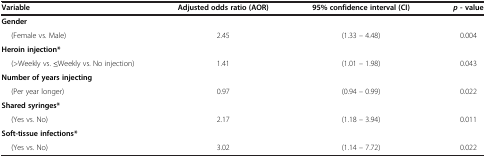
| Variable | Adjusted odds ratio (AOR) | 95% confidence interval (CI) | p - value |
 | --- | --- | --- | --- |
 | Gender |  |  |  |
 | (Female vs. Male) | 2.45 | (1.33 – 4.48) | 0.004 |
 | Heroin injection* |  |  |  |
 | (>Weekly vs. ≤Weekly vs. No injection) | 1.41 | (1.01 – 1.98) | 0.043 |
 | Number of years injecting |  |  |  |
 | (Per year longer) | 0.97 | (0.94 – 0.99) | 0.022 |
 | Shared syringes* |  |  |  |
 | (Yes vs. No) | 2.17 | (1.18 – 3.94) | 0.011 |
 | Soft-tissue infections* |  |  |  |
 | (Yes vs. No) | 3.02 | (1.14 – 7.72) | 0.022 |